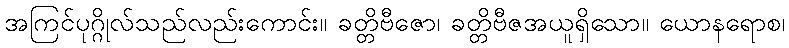
အကြင်ပုဂ္ဂိုလ်သည်လည်းကောင်း။ ခတ္တိဗီဇော၊ ခတ္တိဗီဇအယူရှိသော။ ယောနရောစ၊